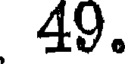
49.